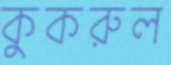
কুকরুল